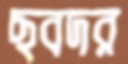
ছবদর